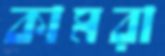
কামরা